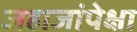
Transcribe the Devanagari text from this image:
जहाजांपेक्षा